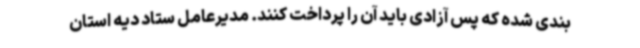
بندی شده که پس آزادی باید آن را پرداخت کنند. مدیرعامل ستاد دیه استان